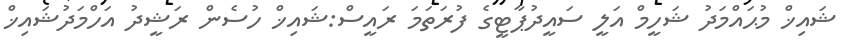
ޝައިޚް މުޙައްމަދު ޝަހީމް އަލީ ސައީދުޕާޓީގެ ފުރަތަމަ ރައީސް:ޝައިޚް ހުސެން ރަޝީދު އަހްމަދުޝައިޚް